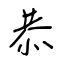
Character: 恭